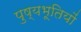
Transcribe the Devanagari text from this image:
पुष्यभूतियों